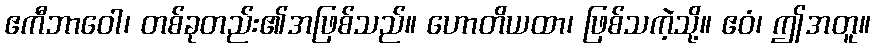
ဧကီဘာဝေါ၊ တစ်ခုတည်း၏အဖြစ်သည်။ ဟောတိယထာ၊ ဖြစ်သကဲ့သို့။ ဧဝံ၊ ဤအတူ။